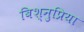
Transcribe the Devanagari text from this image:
बिश्नुप्रिया